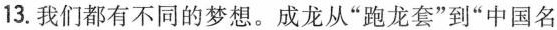
13.我们都有不同的梦想。成龙从”跑龙套”到”中国名